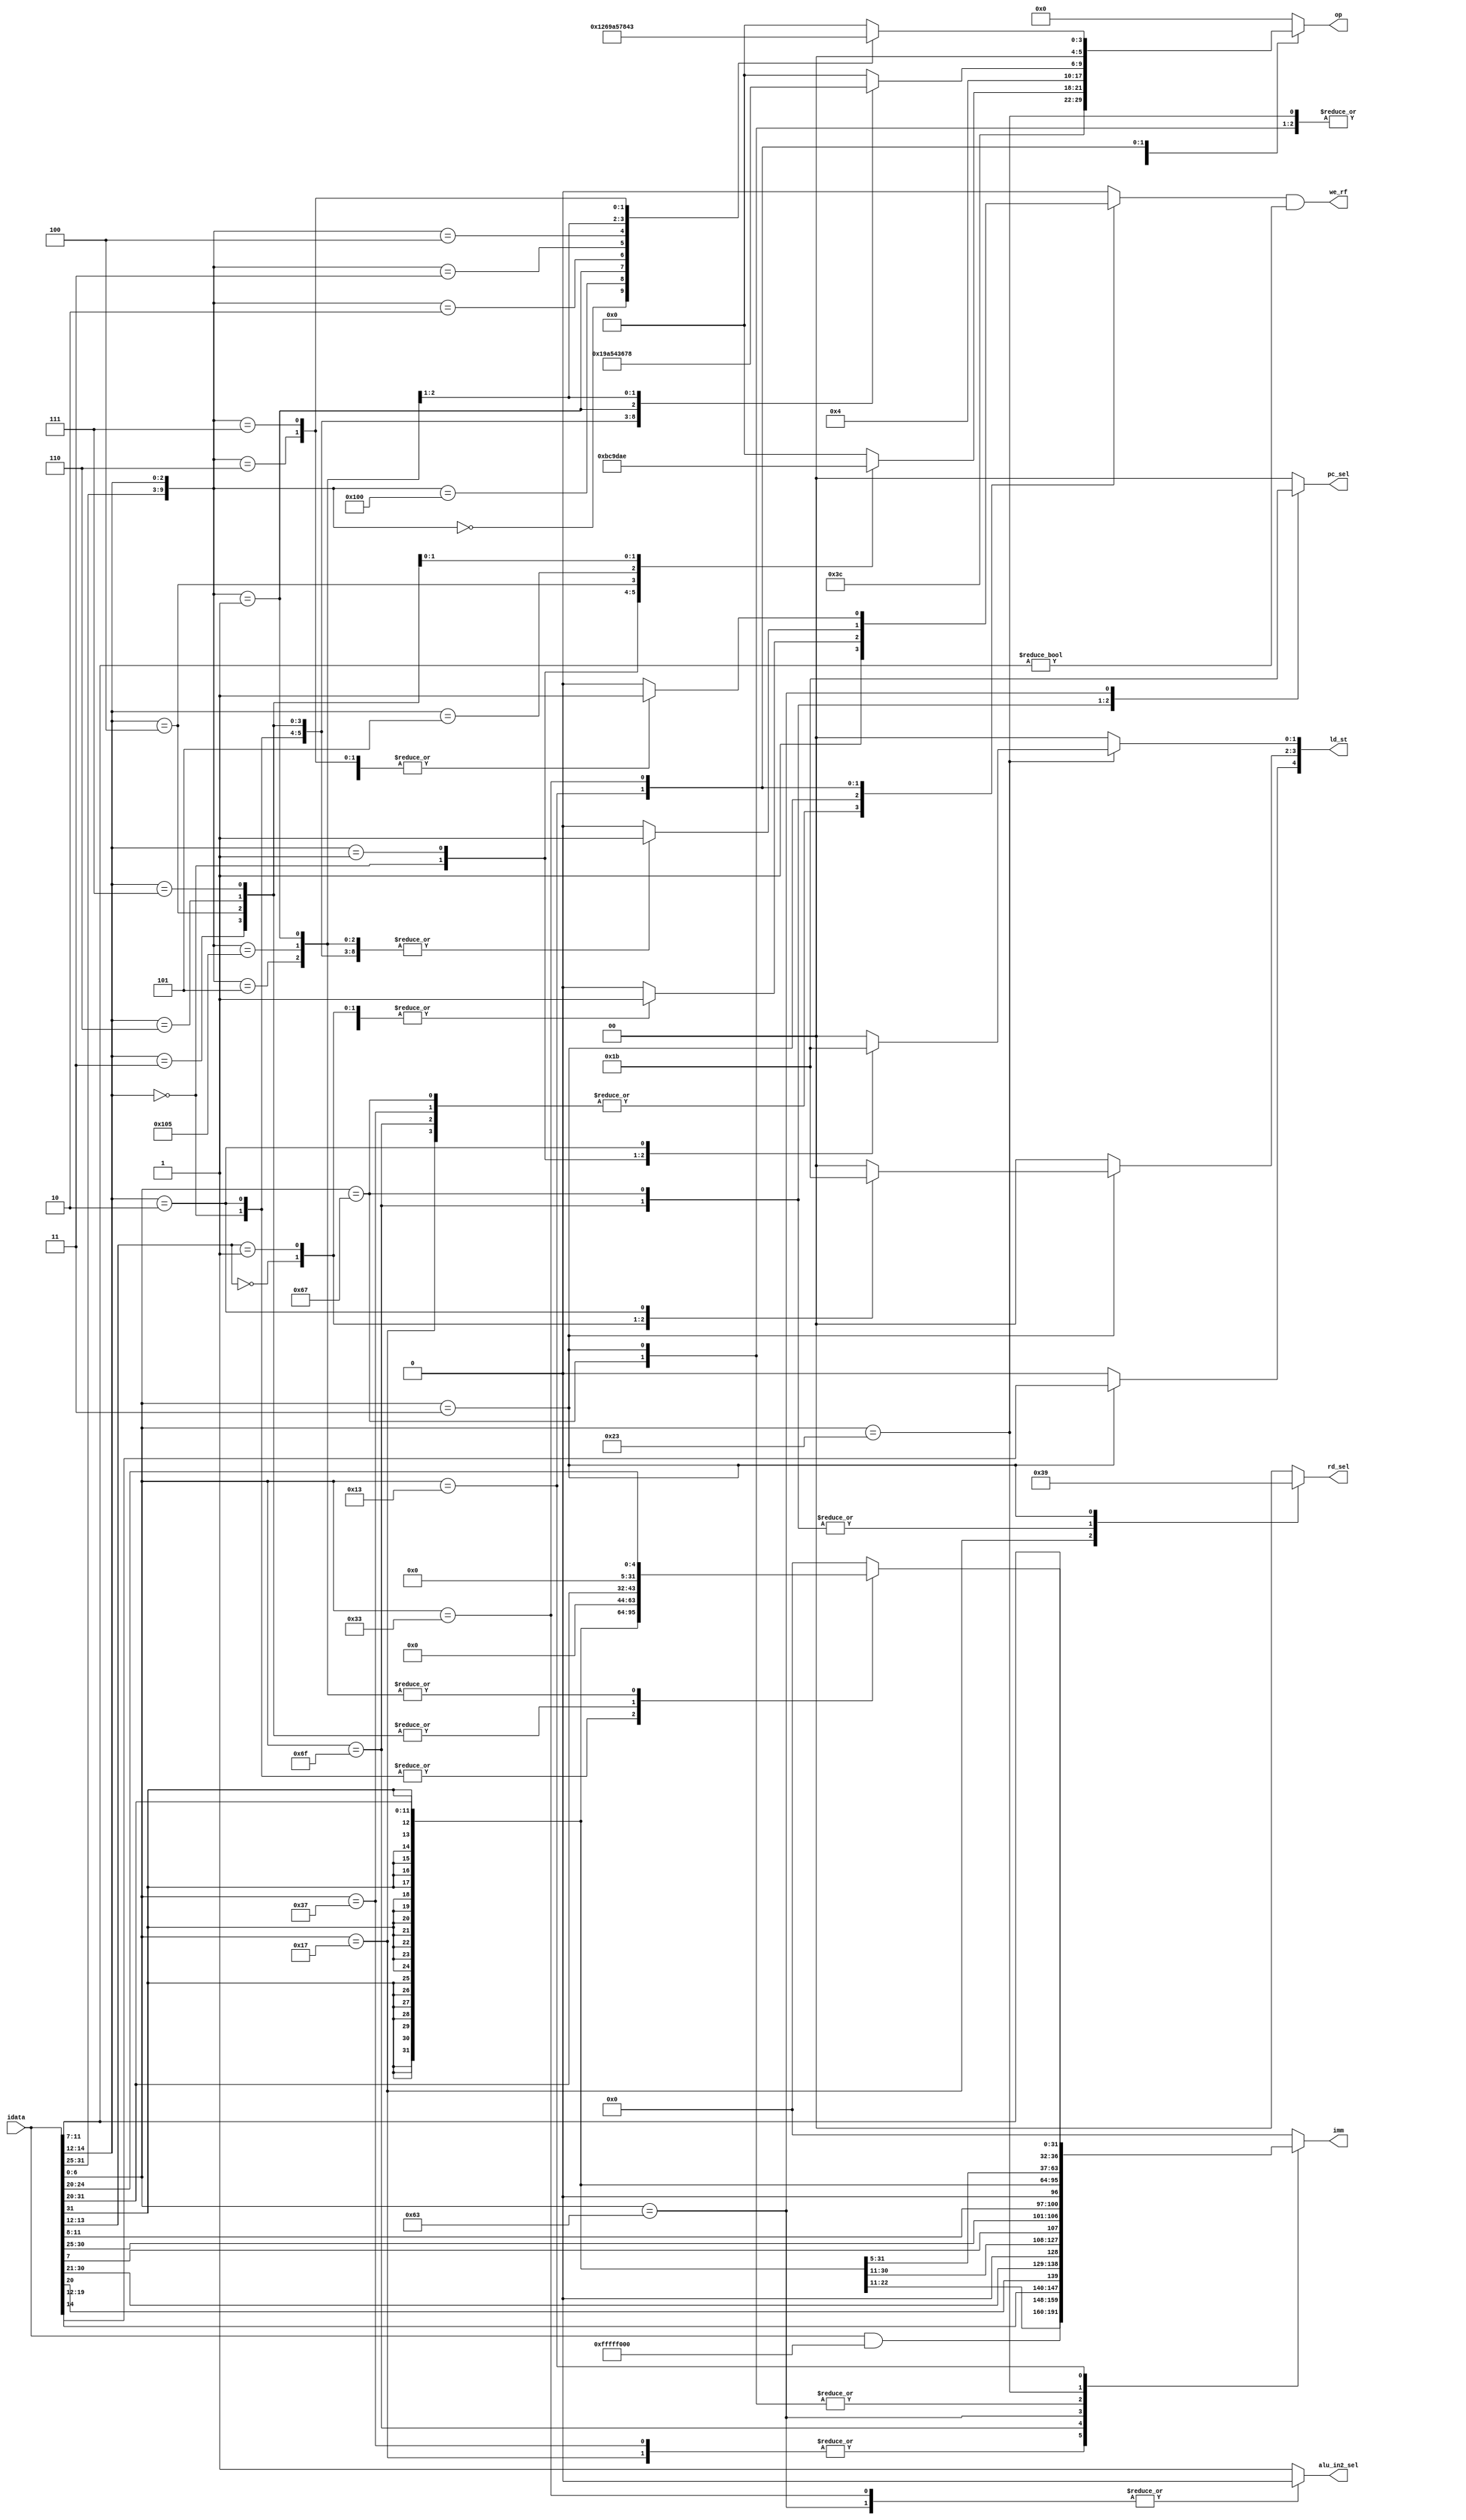
// `include "parameters.v"

module Decoder (

    input [31:0] idata,
    
    output reg [5:0] op,        // for alu
    output reg alu_in2_sel,
    output reg [31:0] imm,

    output reg [4:0] ld_st,    // for shifter
    
    output reg [1:0] rd_sel,
    output we_rf,           // we for rf
    output reg [1:0] pc_sel     
);
    reg rf_we;
    assign we_rf = rf_we&(idata[11:7]!=0);
    always @(*) begin
        imm<=0;

        op<=0;
        alu_in2_sel<=1;//default input is imm
        
        rd_sel<=0;  // def output of alu
        rf_we<=0;   // def for rf_write
        
        pc_sel<=0;  //by default normal increment
        ld_st<=0;

        casez (idata[6:0])
            7'b0110111: begin // LUI
                            imm <= idata&32'hfffff000;
                            op <= 15;
                            rf_we<=1;
                        end
            7'b0010111: begin // AUIPC
                            imm <= idata&32'hfffff000;
                            rd_sel <= 3;
                            rf_we<=1;
                        end 
            7'b1101111: begin  // JAL
                            rf_we <= 1;
                            rd_sel <= 2;
                            pc_sel <= 1;
                            imm <= {{12{idata[31]}},idata[19:12],idata[20],idata[30:21],1'b0};
                        end
            7'b1100111: begin // JALR
                            rf_we <= 1;
                            rd_sel <= 2;
                            pc_sel <= 2; // pc+off can be from alu
                            op<=1;       // if pc is set from alu
                            imm <= {{20{idata[31]}},idata[31:20]};
                        end
            7'b1100011: begin
                            imm <= {{20{idata[31]}},idata[7],idata[30:25],idata[11:8],1'b0};
                            case (idata[14:12])
                                3'b000 : op<=11;    //BEQ
                                3'b001 : op<=12;    //BNE
                                3'b100 : op<=9;     //BLT
                                3'b101 : op<=13;    //BGE
                                3'b110 : op<=10;     //BLTU
                                3'b111 : op<=14;    //BGEU
                                default: op<=0;
                            endcase
                            alu_in2_sel<=0; //selecting rs2 instead of imm
                            
                            pc_sel <=3; // needs to check alu_out before branching
                        end

            7'b0000011: begin//loading
                        imm <= {{20{idata[31]}},idata[31:20]};// common for all load operations
                        op<=1 ; // add rs1+alu_in2(imm);
                        rd_sel<=1;
                        ld_st[4]<=idata[14]; // to indicate unsigned(1) or signed(0)
                        rf_we<=1; //forwarding_addr[1]<=1;
                        casez (idata[14:12])
                            3'bz00: ld_st[3:2]<=1; //LB(0)&LBU(1)
                            3'bz01: ld_st[3:2]<=2; //LH(0)&LHU(1)
                            3'b010: ld_st[3:2]<=3;    
                            default: begin ld_st[3:2]<=0;
                                        rf_we<=0;//forwarding_addr[1]<=1;
                                     end
                        endcase
                        end

            7'b0100011: begin //storing
                        imm <= {{20{idata[31]}},idata[31:25],idata[11:7]};
                        op<=1;
                        //forwarding_addr[1]<=1;
                        case (idata[14:12])
                            3'b000: ld_st[1:0]<=1;
                            3'b001: ld_st[1:0]<=2;
                            3'b010: ld_st[1:0]<=3;
                            default: begin ld_st[1:0]<=0;
                                       //forwarding_addr[1]<=1;
                                     end
                        endcase                     
                        end

            7'b0010011: begin
                rf_we <= 1; // can shift this to every case for more certainity
                rd_sel <= 0; // redn
                alu_in2_sel <=1;///redn
                casez({idata[31:25],idata[14:12]})
                    10'bzzzzzzz000: begin op<=1; // ADDI
                                        imm <= {{20{idata[31]}},idata[31:20]};
                                    end
                    10'bzzzzzzz010: begin op<=9; // SLTI
                                        imm <= {{20{idata[31]}},idata[31:20]};
                                    end
                    10'bzzzzzzz011: begin op<=10; // SLTIU
                                        imm <= {20'b0,idata[31:20]};  
                                    end
                    10'bzzzzzzz100: begin op<=5; // XORI
                                        imm <= {20'b0,idata[31:20]};  
                                    end
                    10'bzzzzzzz110: begin op<=4; // ORI
                                        imm <= {20'b0,idata[31:20]};
                                    end
                    10'bzzzzzzz111: begin op<=3; // ANDI
                                        imm <= {20'b0,idata[31:20]};
                                    end
                    10'b0000000001: begin op<=6; // SLLI
                                        imm <= {27'b0,idata[24:20]};
                                    end 
                    10'b0000000101: begin op<=7; // SRLI
                                        imm <= {27'b0,idata[24:20]};
                                    end
                    10'b0100000101: begin op<=8; // SRAI
                                        imm <= {27'b0,idata[24:20]};
                                    end
                    default: rf_we <= 0;//for safety
                endcase
                end
            7'b0110011: begin
                rf_we <= 1;
                rd_sel <= 0; // redn
                alu_in2_sel <=0;
                
                case({idata[31:25],idata[14:12]})
                    10'b0000000000: op<=1; // ADD
                    10'b0100000000: op<=2; // SUB
                    17'b0000000001: op<=6; // SLL
                    17'b0000000010: op<=9; // SLT
                    17'b0000000011: op<=10; // SLTU
                    17'b0000000100: op<=5; // XOR
                    17'b0000000101: op<=7; // SRL
                    17'b0100000101: op<=8; // SRA
                    17'b0000000110: op<=4; // OR
                    17'b0000000111: op<=3; // AND
                    default: rf_we<=0;
                    //17'bzzzzzzz0000001111: op<=38; // FENCE
                    //17'b00000000001110011: op<=39; // ECALL
                    //17'b00000010001110011: op<=40; // EBREAK
                endcase
                end
            default: op<=0;
        endcase
    end

endmodule